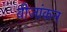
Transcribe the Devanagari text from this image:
बीजांकन